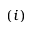
( i )